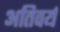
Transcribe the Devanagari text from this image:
अतिवर्य